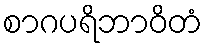
စာဂပရိဘာဝိတံ